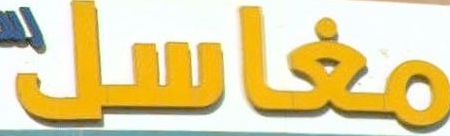
مغاسل